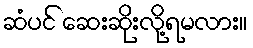
ဆံပင် ဆေးဆိုးလို့ရမလား။